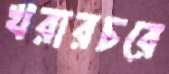
খরারচরে